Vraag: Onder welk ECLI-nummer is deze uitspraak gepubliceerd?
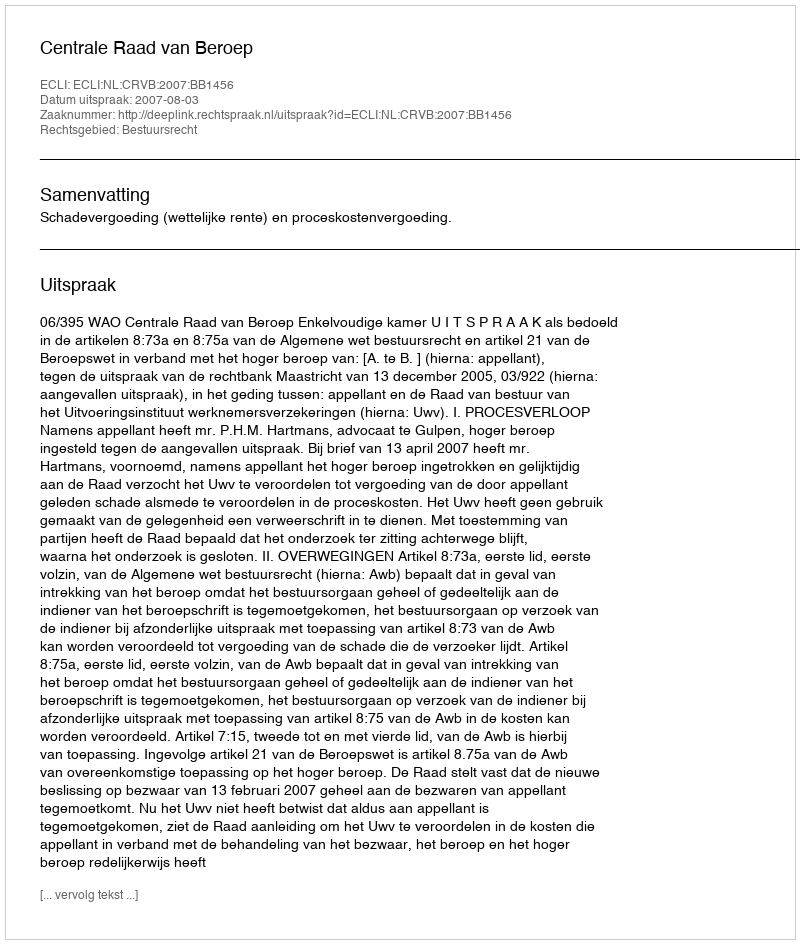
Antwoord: ECLI:NL:CRVB:2007:BB1456